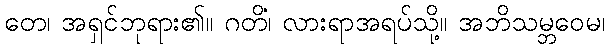
တေ၊ အရှင်ဘုရား၏။ ဂတိံ၊ လားရာအရပ်သို့။ အဘိသမ္ဘဝေမ၊